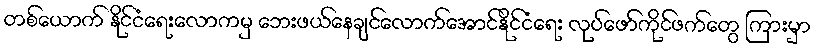
တစ်ယောက် နိုင်ငံရေးလောကမှ ဘေးဖယ်နေချင်လောက်အောင်နိုင်ငံရေး လုပ်ဖော်ကိုင်ဖက်တွေ ကြားမှာ